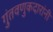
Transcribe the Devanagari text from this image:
गुंतवणुकदारांनी